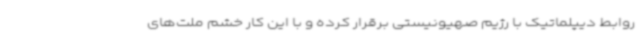
روابط دیپلماتیک با رژیم صهیونیستی برقرار کرده و با این کار خشم ملت‌های